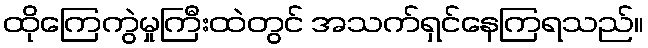
ထိုကြေကွဲမှုကြီးထဲတွင် အသက်ရှင်နေကြရသည်။